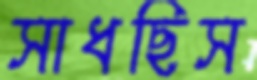
সাধছিস